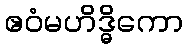
ဧဝံမဟိဒ္ဓိကော